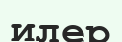
илер